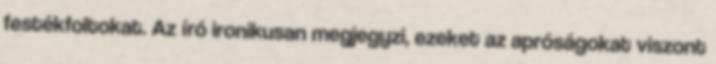
festékfoltokat. Az író ironikusan megjegyzi, ezeket az apróságokat viszont